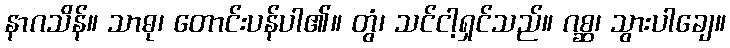
နာဂသိန်။ သာဓု၊ တောင်းပန်ပါ၏။ တွံ၊ သင်ငါ့ရှင်သည်။ ဂစ္ဆ၊ သွားပါချေ။